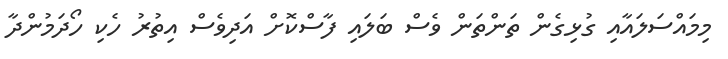
މިމައްސަލައާއި ގުޅިގެން ތަންތަން ވެސް ބަލައި ފާސްކޮށް އަދިވެސް އިތުރު ހެކި ހޯދަމުންދާ